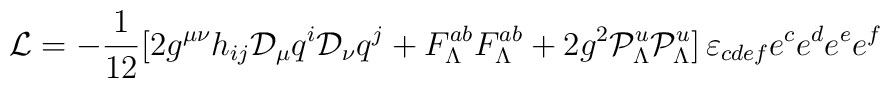
{\cal L}=-{1\over 12} [2g^{\mu\nu}h_{ij}{\cal D}_\mu q^i{\cal D}_\nu q^j+F^{ab}_\Lambda F_\Lambda^{ab}+2g^2 {\cal P}^u_\Lambda{\cal P}^u_\Lambda]\, \varepsilon_{cdef}e^c e^d e^e e^f